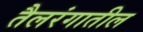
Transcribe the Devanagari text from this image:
तैलरंगातील